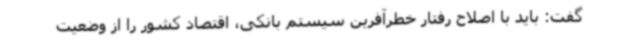
گفت: باید با اصلاح رفتار خطرآفرین سیستم بانکی، اقتصاد کشور را از وضعیت